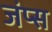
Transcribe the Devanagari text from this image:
जंप्स